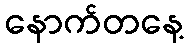
နောက်တနေ့